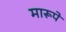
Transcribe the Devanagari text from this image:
मारूपे